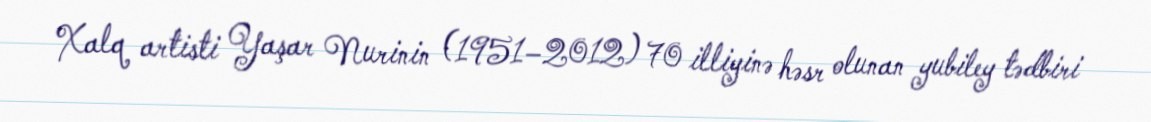
Xalq artisti Yaşar Nurinin (1951–2012) 70 illiyinə həsr olunan yubiley tədbiri